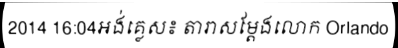
2014 16:04អង់គ្លេស៖ តារាសម្តែងលោក Orlando